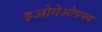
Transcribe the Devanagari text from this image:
इओगेओग्रफ्य